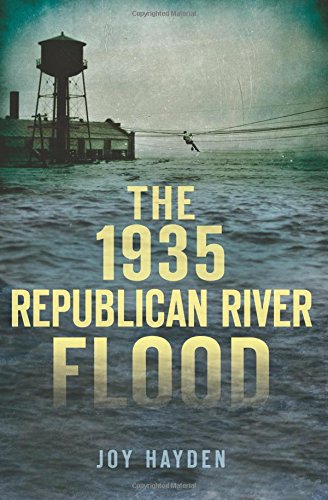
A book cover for The 1935 Republican River Flood (Disaster); Joy A. Hayden; Science & Math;